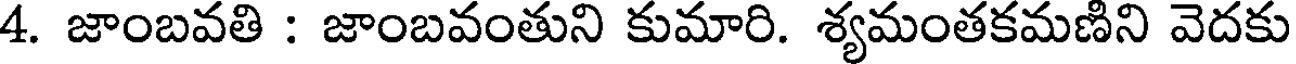
4. జాంబవతి : జాంబవంతుని కుమారి. శ్యమంతకమణిని వెదకు